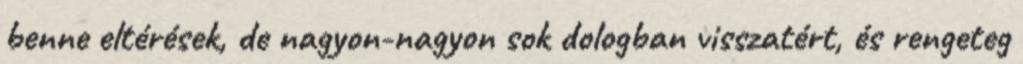
benne eltérések, de nagyon-nagyon sok dologban visszatért, és rengeteg